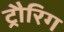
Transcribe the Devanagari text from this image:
ट्रौरिग